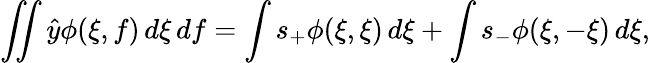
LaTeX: \iint{\hat{y}}\phi(\xi,f)\, d\xi\, df=\int s_{+}\phi(\xi,\xi)\, d\xi+\int s_{-}\phi(\xi,-\xi)\, d\xi,